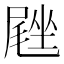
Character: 𪨙